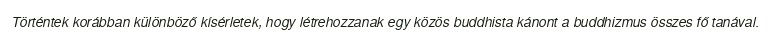
Történtek korábban különböző kísérletek, hogy létrehozzanak egy közös buddhista kánont a buddhizmus összes fő tanával.